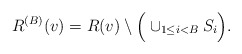
\begin{align*}R^{(B)}(v)= R(v)\setminus \Big(\cup_{1\le i<B}S_i\Big).\end{align*}